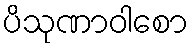
ပိသုဏာဝါစော